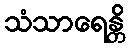
သံသာရေန္တိ